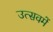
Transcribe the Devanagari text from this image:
उत्सवमें